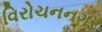
વિરોચનનગર